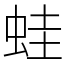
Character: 蛙